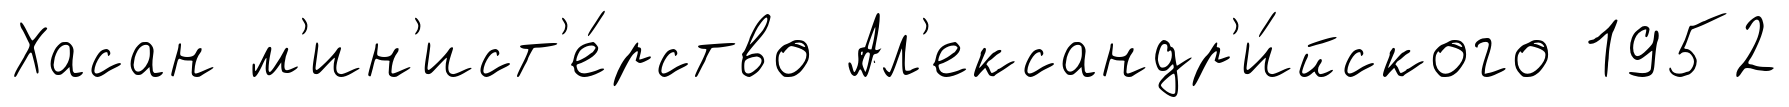
Хасан м'ин'ист'е́рство Ал'ександр'и́йского 1952